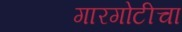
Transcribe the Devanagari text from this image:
गारगोटीचा